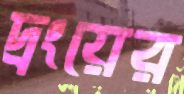
দ্রংয়ের